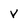
Character: v